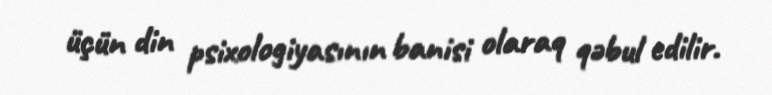
üçün din psixologiyasının banisi olaraq qəbul edilir.